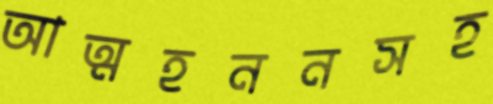
আত্মহননসহ